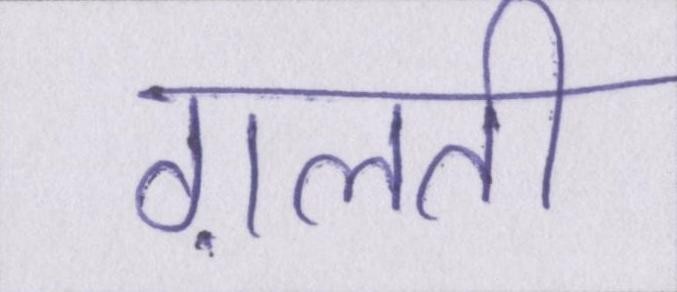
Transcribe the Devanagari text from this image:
ग़लती